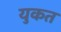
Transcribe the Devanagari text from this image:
युकत